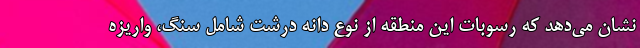
نشان می‌دهد که رسوبات این منطقه از نوع دانه درشت شامل سنگ، واریزه